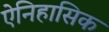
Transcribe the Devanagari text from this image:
ऐनिहासिक